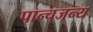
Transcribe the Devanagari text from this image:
पान्चजन्य